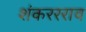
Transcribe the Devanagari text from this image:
शंकररराव